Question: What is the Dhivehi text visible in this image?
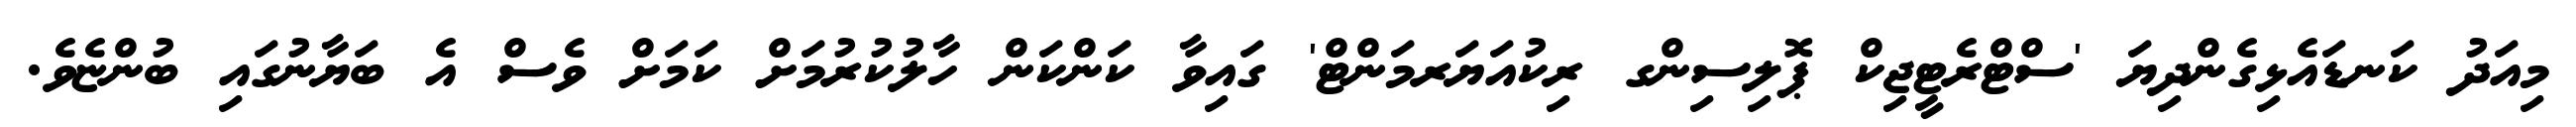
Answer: މިއަދު ކަނޑައެޅިގެންދިޔަ 'ސްޓްރެޓީޖިކް ޕޮލިސިންގ ރިކުއަޔަރމަންޓް' ގައިވާ ކަންކަން ހާލުކުރުމަށް ކަމަށް ވެސް އެ ބަޔާނުގައި ބުންޏެވެ.